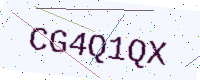
Text: CG4Q1QX